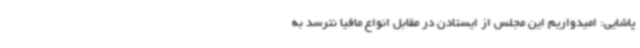
پاشایی: امیدواریم این مجلس از ایستادن در مقابل انواع مافیا نترسد به